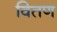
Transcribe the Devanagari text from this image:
वितण